65_HS1-834228961_62-HQ-83894_Section_3
Agency: FBI
Page 120
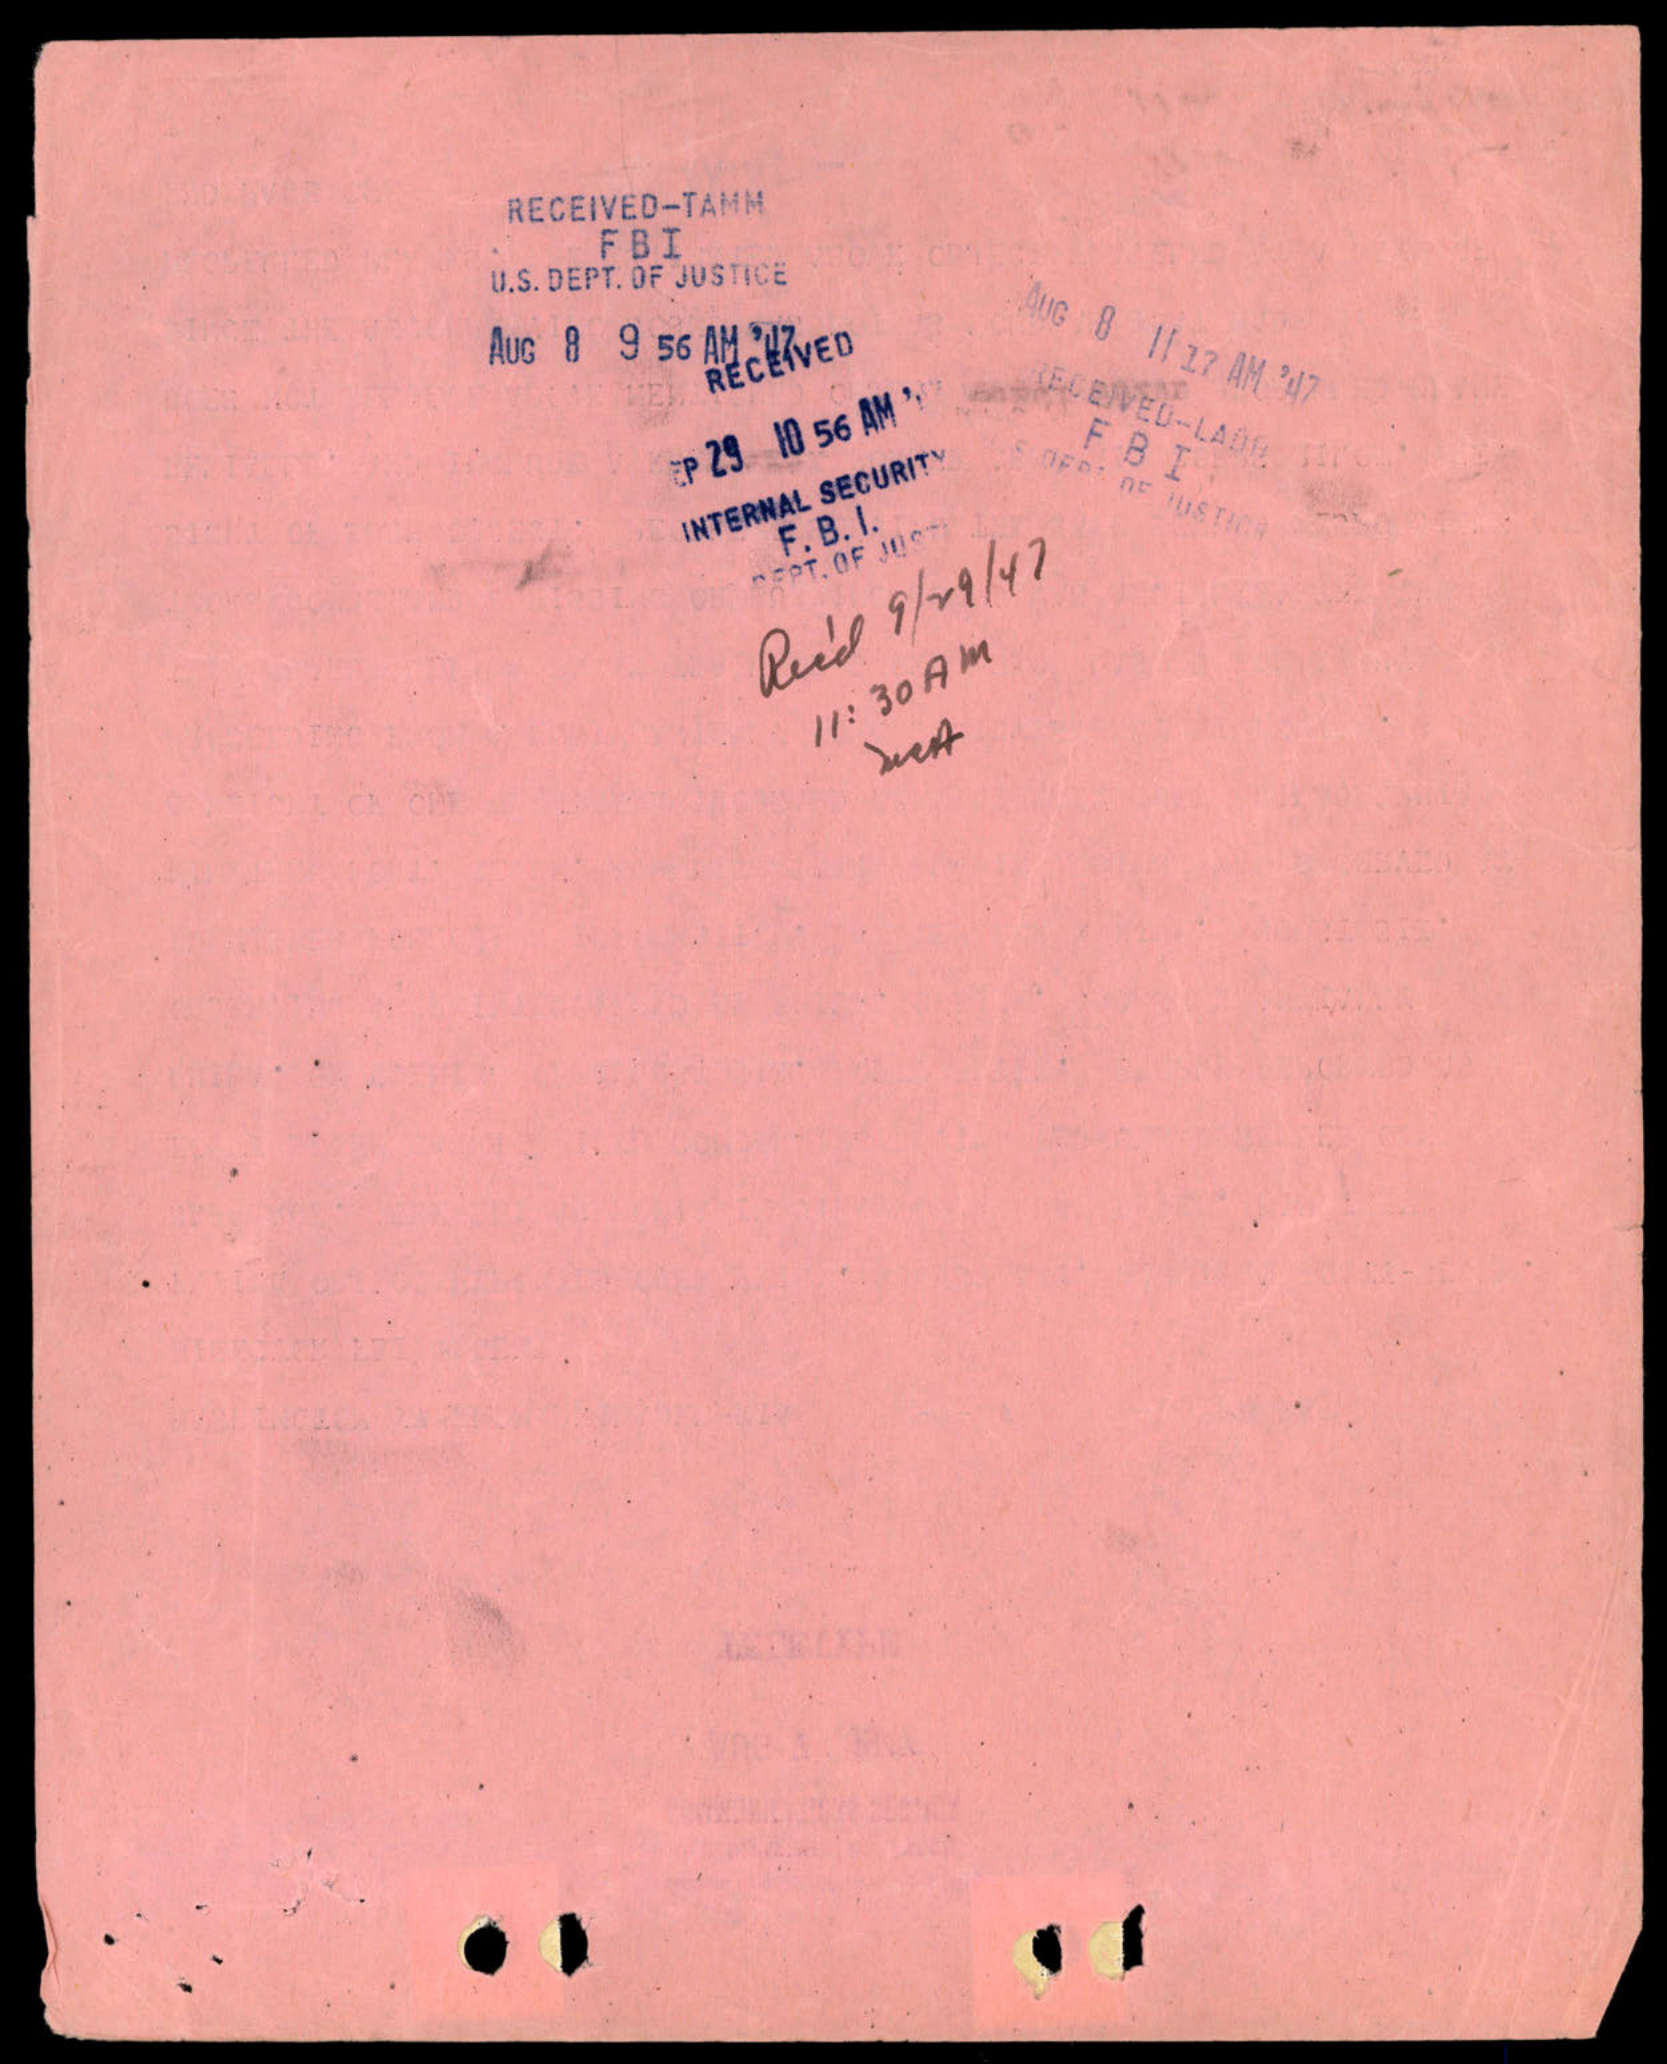